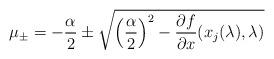
LaTeX: \begin{align*}\mu_{\pm} = - \frac{\alpha}{2} \pm \sqrt{\left(\frac{\alpha}{2}\right)^{2}- \frac{\partial f}{\partial x}(x_{j}(\lambda),\lambda)}\end{align*}